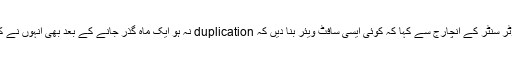
میں نے پھر کمپیوٹر سنٹر کے انچارج سے کہا کہ کوئی ایسی سافٹ ویئر بنا دیں کہ duplication نہ ہو ایک ماہ گذر جانے کے بعد بھی اُنہوں نے کوئی جواب نہ دیا ۔